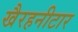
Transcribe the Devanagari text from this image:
खैरहनीटार